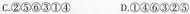
C.②⑤⑥③①④ D.①④⑥③②⑤